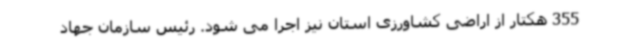
355 هکتار از اراضی کشاورزی استان نیز اجرا می شود. رئیس سازمان جهاد